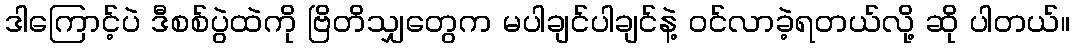
ဒါကြောင့်ပဲ ဒီစစ်ပွဲထဲကို ဗြိတိသျှတွေက မပါချင်ပါချင်နဲ့ ဝင်လာခဲ့ရတယ်လို့ ဆို ပါတယ်။